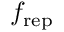
f _ { \mathrm { r e p } }